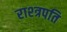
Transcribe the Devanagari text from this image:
राश्त्रपति